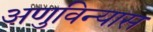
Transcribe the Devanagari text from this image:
अणुविन्यास